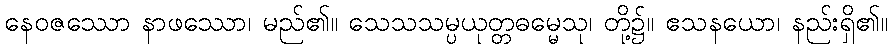
နေဝဇဿော နာဖဿော၊ မည်၏။ သေသသမ္ပယုတ္တဓမ္မေသု၊ တို့၌။ ဧသနယော၊ နည်းရှိ၏။